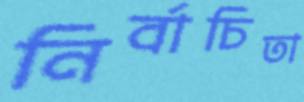
নির্বাচিতা